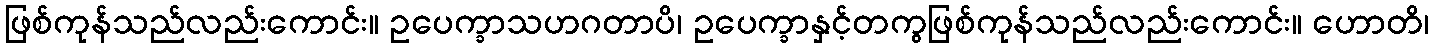
ဖြစ်ကုန်သည်လည်းကောင်း။ ဥပေက္ခာသဟဂတာပိ၊ ဥပေက္ခာနှင့်တကွဖြစ်ကုန်သည်လည်းကောင်း။ ဟောတိ၊